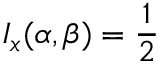
I _ { x } ( \alpha , \beta ) = { \frac { 1 } { 2 } }